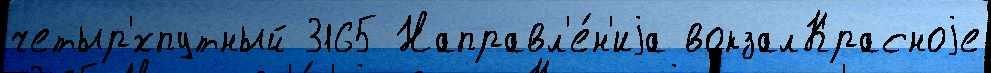
четыр'́хпутный 3165 Направл'е́н'иjа вокзалКрасноjе